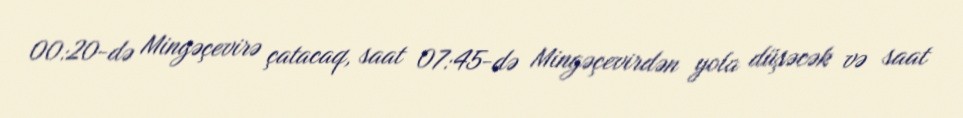
00:20-də Mingəçevirə çatacaq, saat 07:45-də Mingəçevirdən yola düşəcək və saat